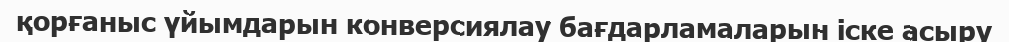
қорғаныс үйымдарын конверсиялау бағдарламаларын іске асыру